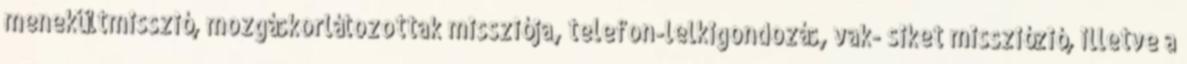
menekültmisszió, mozgáskorlátozottak missziója, telefon-lelkigondozás, vak- siket missziózió, illetve a